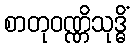
စာတုဝဏ္ဏိသုဒ္ဓိံ